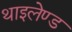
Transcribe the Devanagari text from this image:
थाइलेण्ड